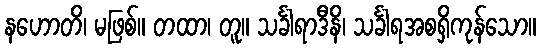
နဟောတိ၊ မဖြစ်။ တထာ၊ တူ။ သင်္ခါရာဒီနိ၊ သင်္ခါရအစရှိကုန်သော။